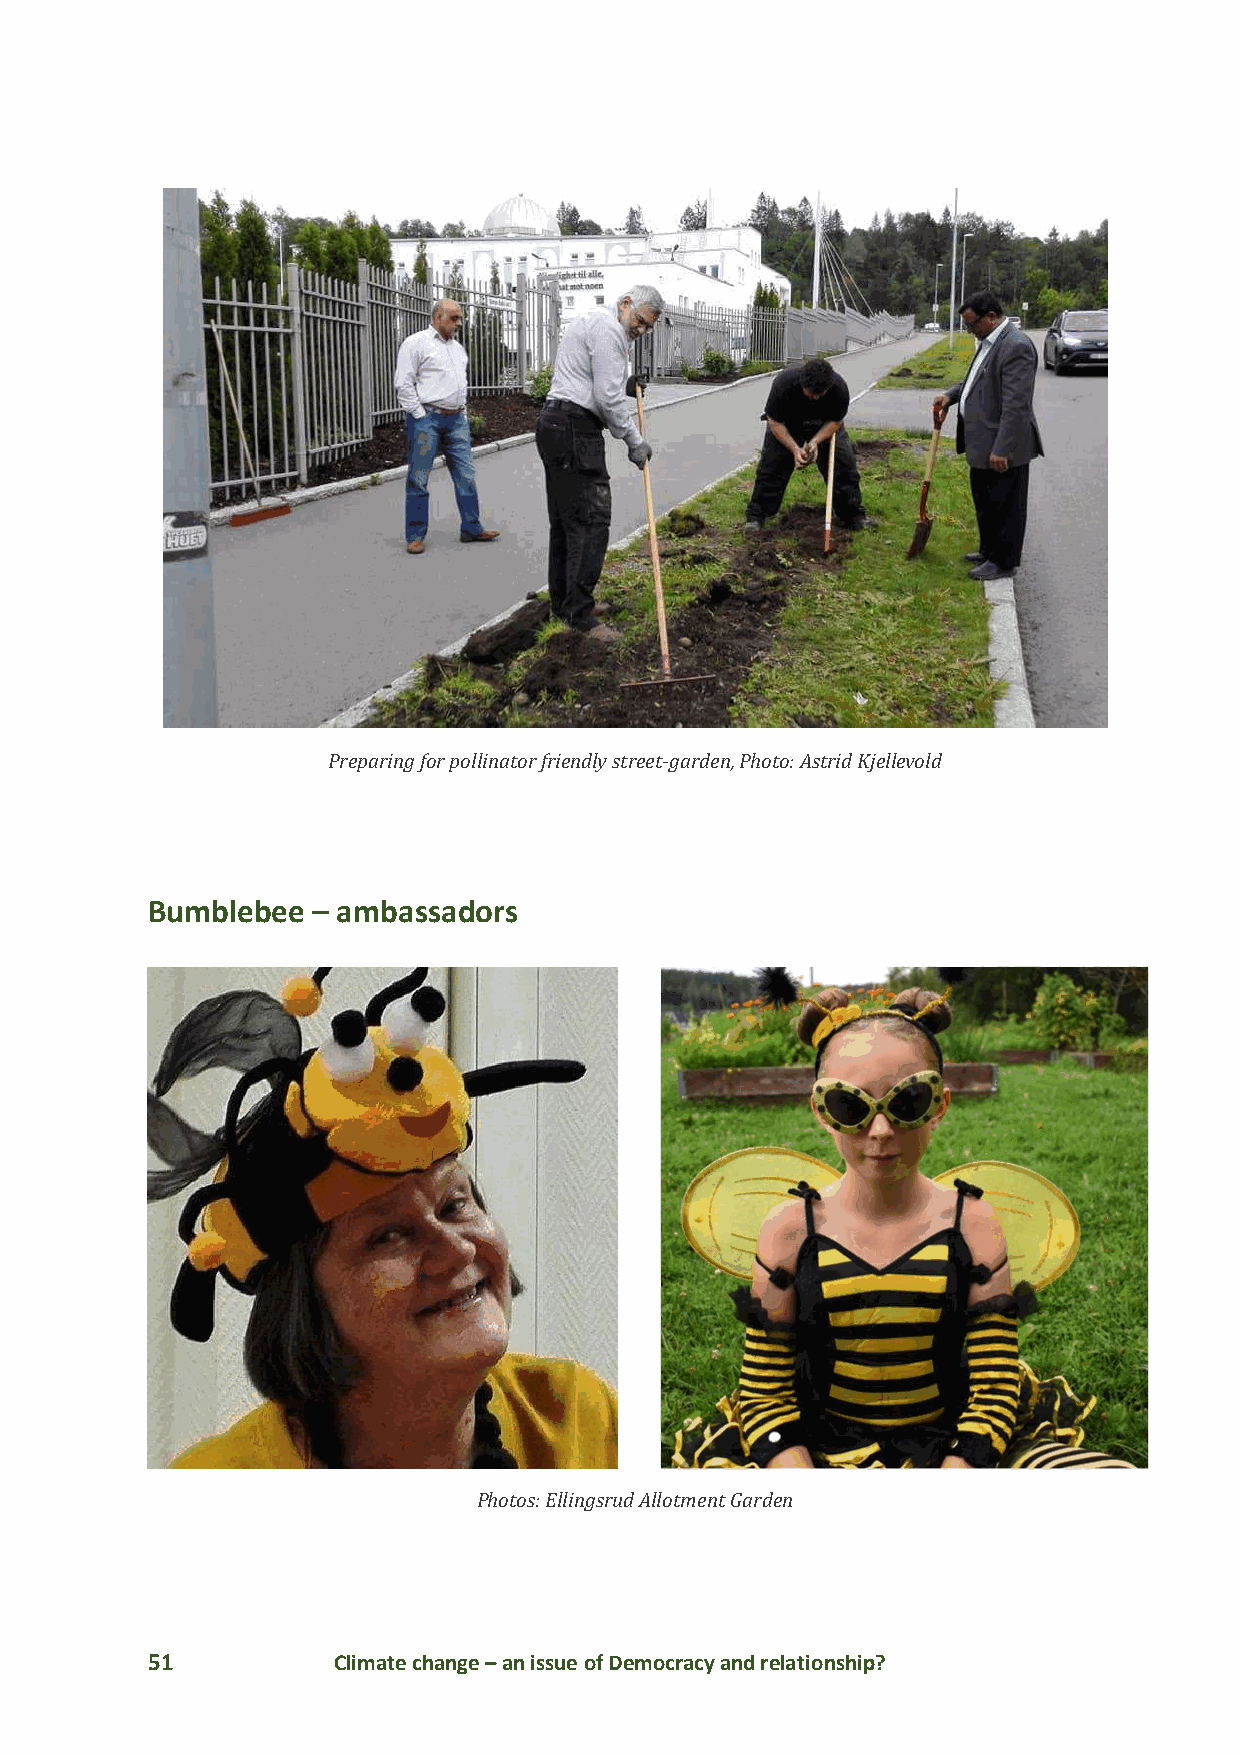
Preparing for pollinator friendly street-garden, Photo: Astrid Kjellevold
 Bumblebee  – ambassadors
 Photos: Ellingsrud Allotment Garden
 51          Climate change – an issue of Democracy and relationship?